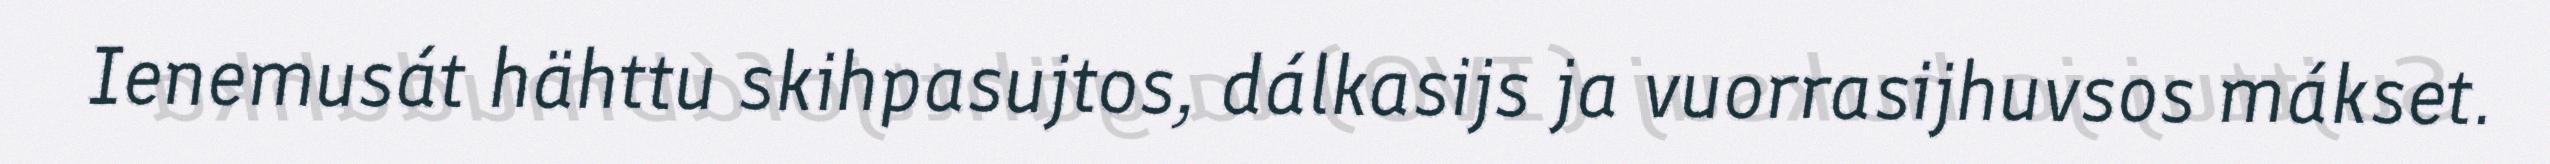
Ienemusát hähttu skihpasujtos, dálkasijs ja vuorrasijhuvsos mákset.